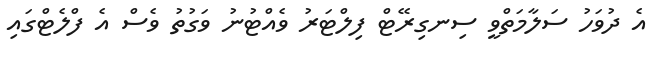
އެ ދުވަހު ސަލާމަތްވީ ސިނގިރޭޓް ފިލްޓަރު ވެއްޓުނު ވަގުތު ވެސް އެ ފްލެޓްގައި